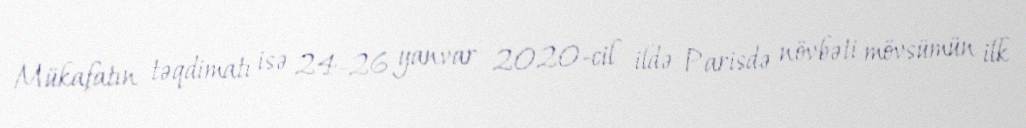
Mükafatın təqdimatı isə 24-26 yanvar 2020-cil ildə Parisdə növbəti mövsümün ilk